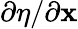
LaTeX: \partial\eta/\partial\mathbf{x}